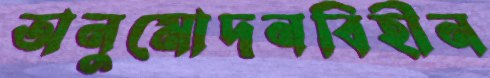
অনুমোদনবিহীন